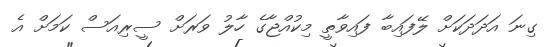
ގިނަ އަދަދަކަށް ލޭފައިބާ ފައިވާތީ މިކުއްޖާގެ ހާލު ވަރަށް ސީރިއަސް ކަމަށް އެ